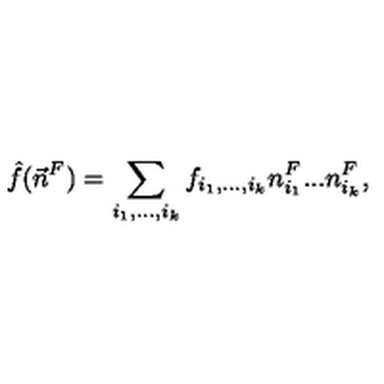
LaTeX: \hat { f } ( \vec { n } ^ { F } ) = \sum _ { i _ { 1 } , . . . , i _ { k } } f _ { i _ { 1 } , . . . , i _ { k } } n _ { i _ { 1 } } ^ { F } . . . n _ { i _ { k } } ^ { F } ,